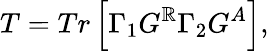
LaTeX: T=Tr\left[\Gamma_{1}G^{\mathbb{R}}\Gamma_{2}G^{A}\right],